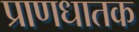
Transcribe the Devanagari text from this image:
प्राणधातक